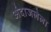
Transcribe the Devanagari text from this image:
अंदाजलेला